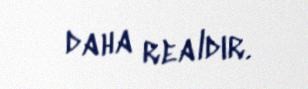
daha realdır.